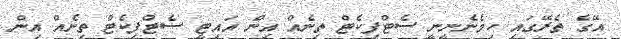
އޭގެ ތެރޭގައި ހިމެނެނީނީ ސެޓްފިކެޓް ތިނެއް އިން އައިޓީ ސެޓްފިކެޓް ތިނެއް އިން